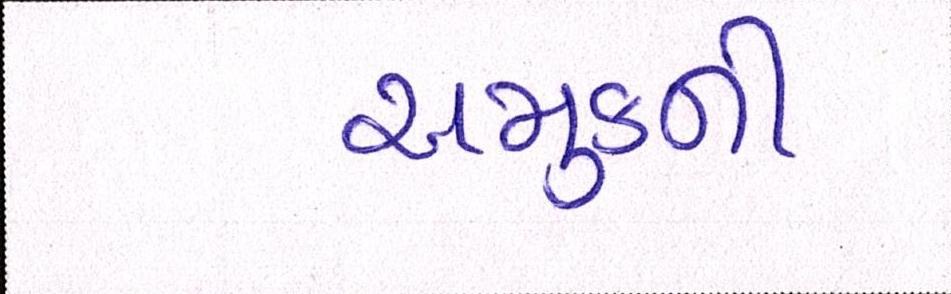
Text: અમુકની